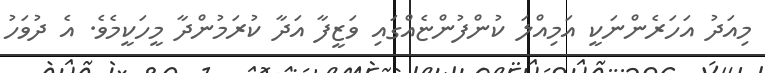
މިއަދު އަހަރެންނަކީ އަމިއްލަ ކުންފުންޏެއްގައި ވަޒީފާ އަދާ ކުރަމުންދާ މީހަކީމެވެ. އެ ދުވަހު